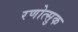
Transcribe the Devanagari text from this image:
रणोत्सुक